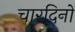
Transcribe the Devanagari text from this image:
चारदिनों